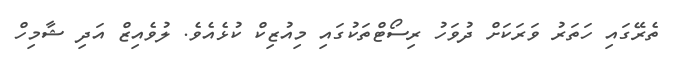
ތެރޭގައި ހަތަރު ވަރަކަށް ދުވަހު ރިސޯޓްތަކުގައި މިއުޒިކް ކުޅެއެވެ. ލުވެއިޒް އަދި ޝާމިހް